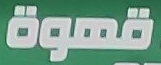
قهوة